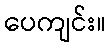
ပေကျင်း။